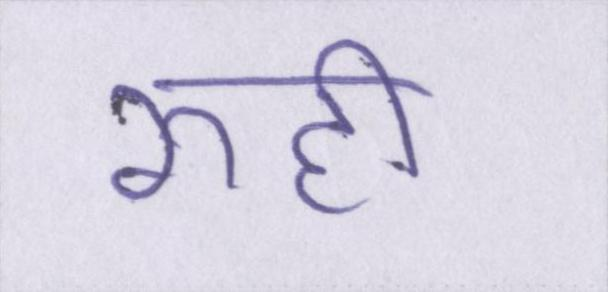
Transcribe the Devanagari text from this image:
रूही